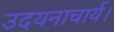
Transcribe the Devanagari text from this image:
उदयनाचार्य।